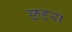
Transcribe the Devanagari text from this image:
छहरा